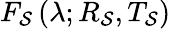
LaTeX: F_{\mathcal{S}}\left(\lambda;R_{\mathcal{S}},T_{\mathcal{S}}\right)